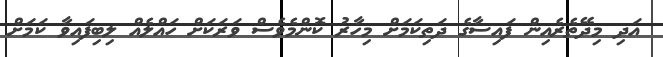
އަދި މިދޭތެރެއިން ފައިސާގެ ދަތިކަމަށް މިހާރު ކޮންމެވެސް ވަރަކަށް ހައްލެއް ލިބިފައިވާ ކަމަށް